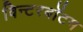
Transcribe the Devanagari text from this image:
विन्टरबॉटम